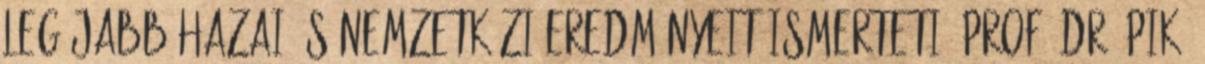
legújabb hazai és nemzetközi eredményeit ismerteti; Prof. Dr. Pikó